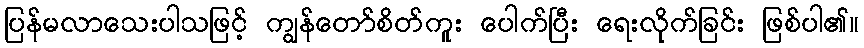
ပြန်မလာသေးပါသဖြင့် ကျွန်တော်စိတ်ကူး ပေါက်ပြီး ရေးလိုက်ခြင်း ဖြစ်ပါ၏။